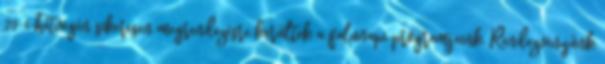
20-i hétvégén sikeresen megrendezésre kerültek a falunapi programjaink. Rendezvényünk